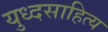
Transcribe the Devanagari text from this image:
युध्दसाहित्य